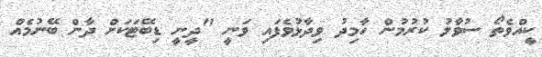
ކީއްވެތޯ ސުވާލު ކުރުމުން ހާމިދު ވިދާޅުވެފައި ވަނީ "ދީނީ ޑިބޭޓަކަށް ދާން ބޭނުމެއް